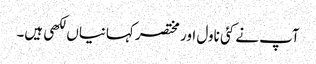
آپ نے کئی ناول اور مختصر کہانیاں لکھی ہیں۔